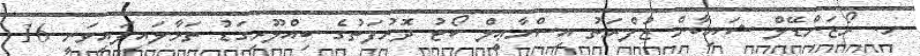
ހ. ރޯޒަންޑޭލް ޝައިބާން ޒުފްރަތު އިސްމާޢީލް ކޯޓު ދޮރުފަތުގެ ބިއްލޫރިގަޑު ތަޅާލައިފައިވަނީ 16